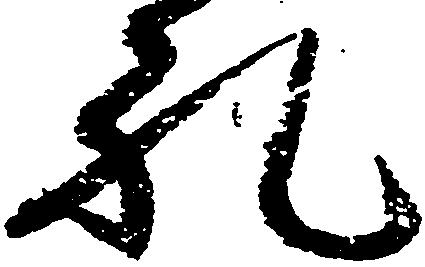
礼